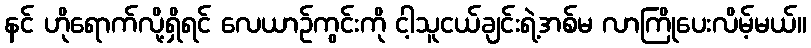
နင် ဟိုရောက်လို့ရှိရင် လေယာဉ်ကွင်းကို ငါ့သူငယ်ချင်းရဲ့အစ်မ လာကြိုပေးလိမ့်မယ်။